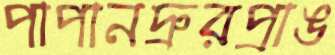
পাপানদ্রুরপ্রাঙ